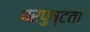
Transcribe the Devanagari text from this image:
परपुष्टता